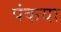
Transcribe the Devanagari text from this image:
पंकया